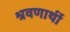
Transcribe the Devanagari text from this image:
श्रवणार्थी